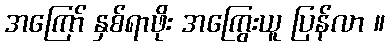
အကြော် နှစ်ရာဖိုး အကြွေးယူ ပြန်လာ ။